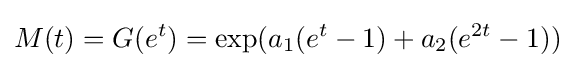
M(t)=G(e^{t})=\exp(a_{1}(e^{t}-1)+a_{2}(e^{2t}-1))